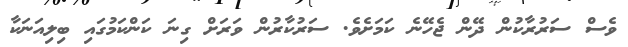
ވެސް ސަރުރާކުން ދޭން ޖެހޭނެ ކަމަށެވެ. ސަރުކާރުން ވަރަށް ގިނަ ކަންކަމުގައި ބިލިއަނަކާ